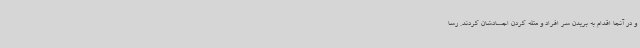
و در آنجا اقدام به بریدن سر افراد و مثله کردن اجسادشان کردند. رسا